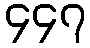
၄၄၇